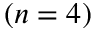
( n = 4 )